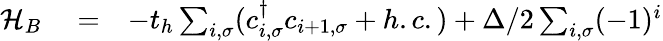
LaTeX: \begin{array}{rlr}{{\cal H}_{B}}&{{}=}&{-t_{h}\sum_{i,\sigma}(c_{i,\sigma}^{\dagger}c_{i+1,\sigma}+h.c.)+\Delta/2\sum_{i,\sigma}(-1)^{i}}\end{array}